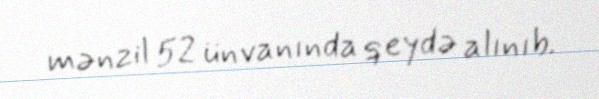
mənzil 52 ünvanında qeydə alınıb.